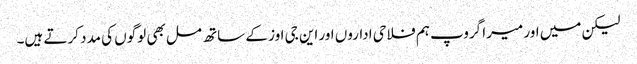
لیکن میں اور میرا گروپ ہم فلاحی اداروں اور این جی اوز کے ساتھ مل بھی لوگوں کی مدد کرتے ہیں۔